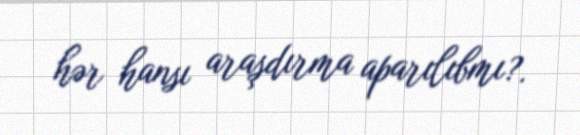
hər hansı araşdırma aparılıbmı?.